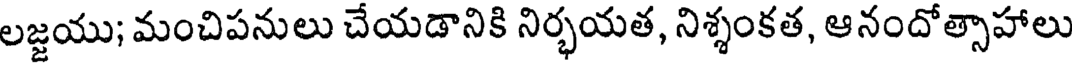
లజ్జయు; మంచిపనులు చేయడానికి నిర్భయత, నిశ్శంకత, ఆనందోత్సాహాలు